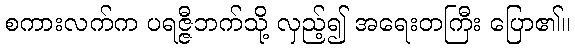
စကားလက်က ပရဇ္ဇီဘက်သို့ လှည့်၍ အရေးတကြီး ပြော၏။